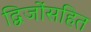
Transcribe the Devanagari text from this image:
द्विजोंसहित